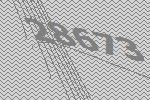
28673